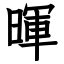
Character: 暉